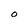
Character: O